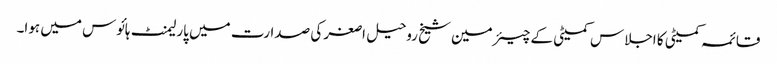
قائمہ کمیٹی کا اجلاس کمیٹی کے چیئرمین شیخ روحیل اصغر کی صدارت میں پارلیمنٹ ہائوس میں ہوا۔